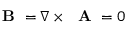
\mathrm { ~ \bf ~ B ~ } = \nabla \times \mathrm { ~ \bf ~ A ~ } = 0